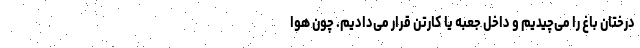
درختان باغ را می‌چیدیم و داخل جعبه یا کارتن قرار می‌دادیم. چون هوا